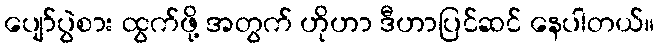
ပျော်ပွဲစား ထွက်ဖို့ အတွက် ဟိုဟာ ဒီဟာပြင်ဆင် နေပါတယ်။